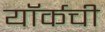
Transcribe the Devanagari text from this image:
यॉर्कची